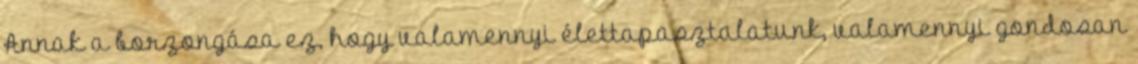
Annak a borzongása ez, hogy valamennyi élettapasztalatunk, valamennyi gondosan